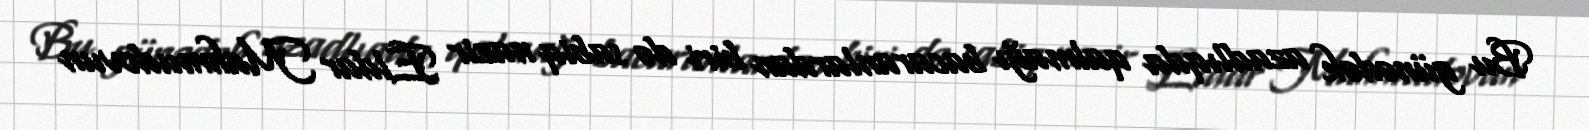
Bu günədək azadlıqda qalmağı bacaranlardan biri də sabiq nazir Eldar Mahmudovun